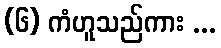
(၆) ကံဟူသည်ကား ...